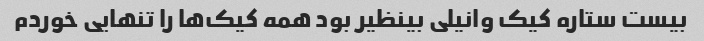
بیست ستاره کیک وانیلی بینظیر بود همه کیک‌ها را تنهایی خوردم